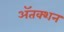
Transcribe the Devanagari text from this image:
ॲतक्शन